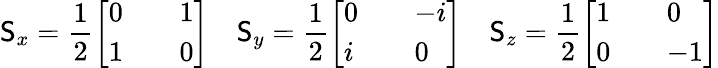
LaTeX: \mathsf{S}_{x}=\frac{{1}}{{2}}\left[\begin{array}{lll}{0}&&{1}\\ {1}&&{0}\end{array}\right]\quad\mathsf{S}_{y}=\frac{{1}}{{2}}\left[\begin{array}{lll}{0}&&{-i}\\ {i}&&{0}\end{array}\right]\quad\mathsf{S}_{z}=\frac{{1}}{{2}}\left[\begin{array}{lll}{1}&&{0}\\ {0}&&{-1}\end{array}\right]